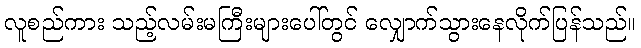
လူစည်ကား သည့်လမ်းမကြီးများပေါ်တွင် လျှောက်သွားနေလိုက်ပြန်သည်။